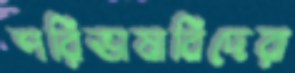
পরিভাষাবিদেরা